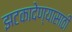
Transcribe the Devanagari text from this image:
झटकादेण्यासाठी